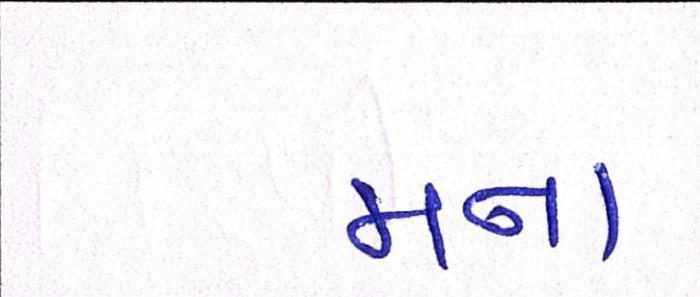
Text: મના